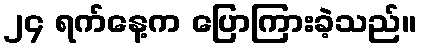
၂၄ ရက်နေ့က ပြောကြားခဲ့သည်။